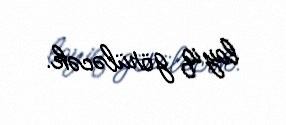
layiq görüləcək.